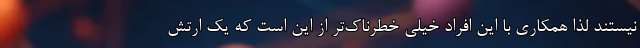
نیستند لذا همکاری با این افراد خیلی خطرناک‌تر از این است که یک ارتش